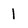
Character: l